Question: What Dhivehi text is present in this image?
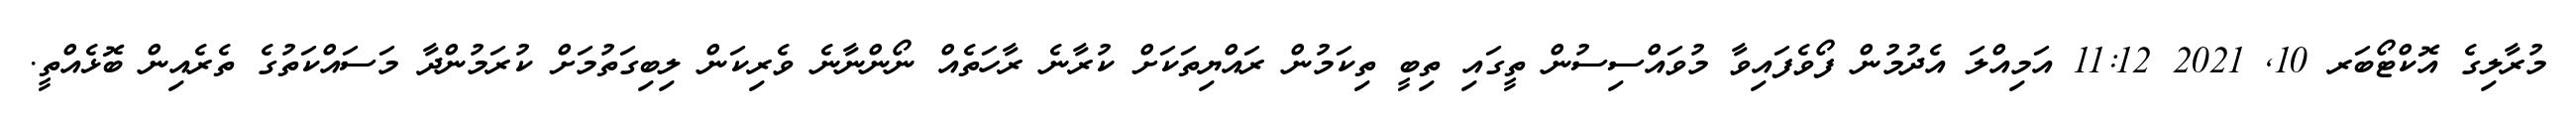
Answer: މުރާލިގެ އޮކްޓޯބަރ 10, 2021 11:12 އަމިއްލަ އެދުމުން ފޯވެފައިވާ މުވައްސިސުން ތީގައި ތިބީ ތިކަމުން ރައްޔިތަކަށް ކުރާނެ ރާހަތެއް ނޯންނާނެ ވެރިކަން ލިބިގަތުމަށް ކުރަމުންދާ މަސައްކަތުގެ ތެރެއިން ބޮޅެއްތީ.